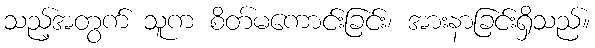
သည့်အတွက် သူက စိတ်မကောင်းခြင်း၊ အားနာခြင်းရှိသည်။